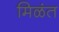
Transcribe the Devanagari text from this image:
मिळंत